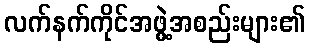
လက်နက်ကိုင်အဖွဲ့အစည်းများ၏